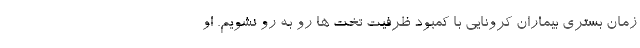
زمان بستری بیماران کرونایی با کمبود ظرفیت تخت ها رو به رو نشویم. او